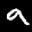
Label: 9